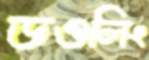
ডওলিং